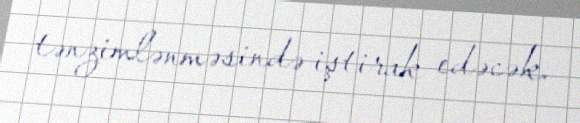
tənzimlənməsində iştirak edəcək.